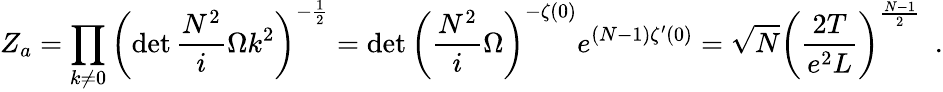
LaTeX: Z_{a}=\prod_{k\neq 0}\left(\operatorname*{det}\frac{N^{2}}{i}\Omega k^{2}\right)^{-\frac{1}{2}}=\operatorname*{det}\left(\frac{N^{2}}{i}\Omega\right)^{-\zeta(0)}e^{(N-1)\zeta^{\prime}(0)}=\sqrt{N}\left(\frac{2T}{e^{2}L}\right)^{\frac{N-1}{2}}\ \ .